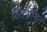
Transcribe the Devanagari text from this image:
वित्तपोशित